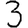
Digit: 3